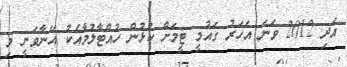
އަދި 2012 ވަނަ އަހަރު ގައުމީ ޓީމަށް ކުޅުން ހުއްޓާލުމާއެކު އޭނާވަނީ މި